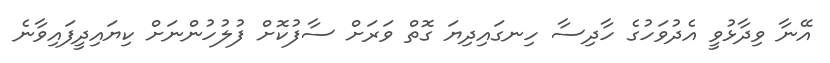
އޭނާ ވިދާޅުވީ އެދުވަހުގެ ހާދިސާ ހިނގައިދިޔަ ގޮތް ވަރަށް ސާފުކޮށް ފުލުހުންނަށް ކިޔައިދީފައިވާނެ